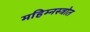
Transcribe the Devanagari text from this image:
महिम्नस्त्रोत